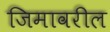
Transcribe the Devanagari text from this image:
जिमावरील